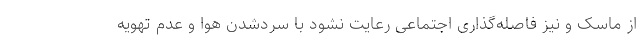
از ماسک و نیز فاصله‌گذاری اجتماعی رعایت نشود با سردشدن هوا و عدم تهویه